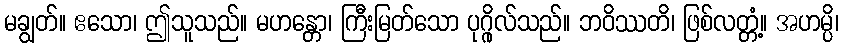
မချွတ်။ ဧသော၊ ဤသူသည်။ မဟန္တော၊ ကြီးမြတ်သော ပုဂ္ဂိုလ်သည်။ ဘဝိဿတိ၊ ဖြစ်လတ္တံ့။ အဟမ္ပိ၊